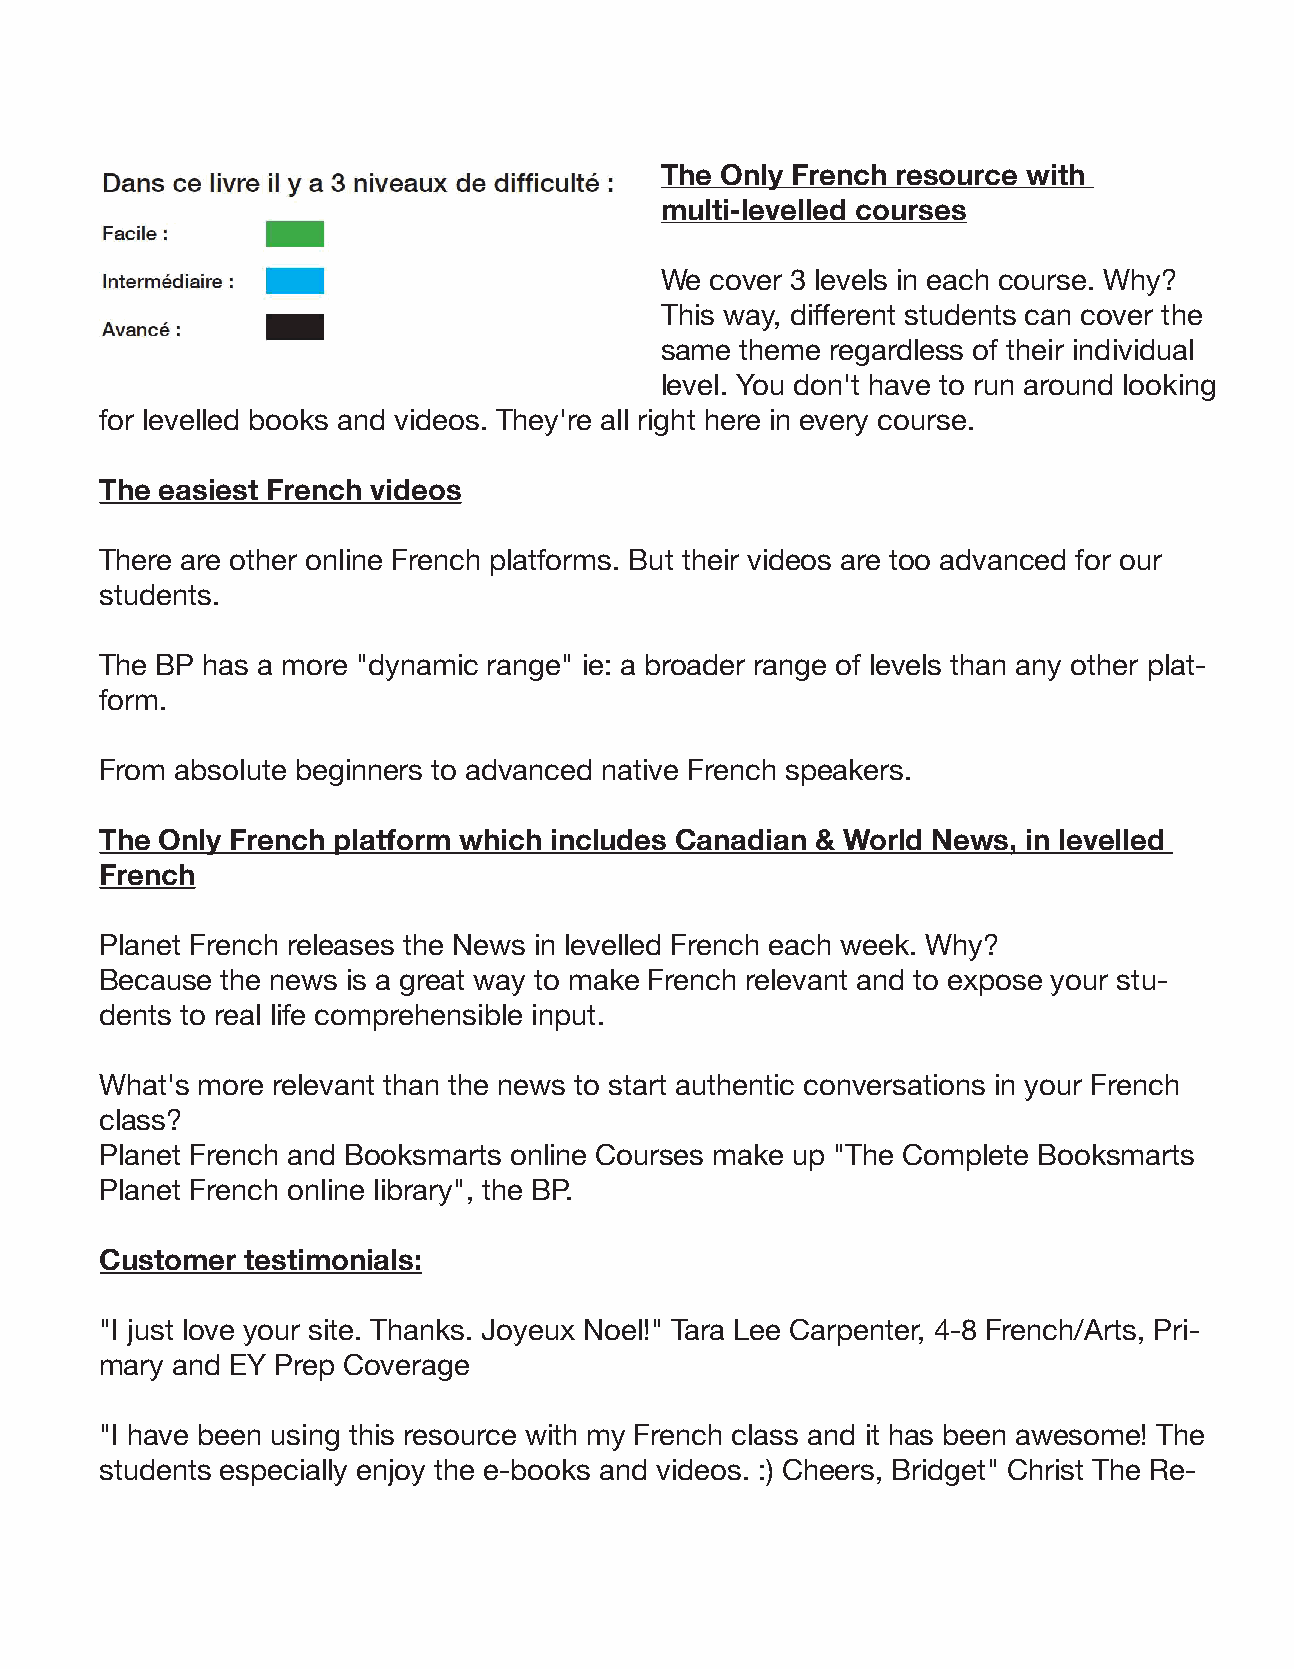
The Only French resource with
 multi-levelled courses
 We cover 3 levels in each course. Why?
 This way, different students can cover the
 same theme regardless of their individual
 level. You don't have to run around looking
 for levelled books and videos. They're all right here in every course.
 The easiest French videos
 There are other online French platforms. But their videos are too advanced for our
 students.
 The BP has a more "dynamic range" ie: a broader range of levels than any other plat-
 form.
 From absolute beginners to advanced native French speakers.
 The Only French platform which includes Canadian & World News, in levelled
 French
 Planet French releases the News in levelled French each week. Why?
 Because the news is a great way to make French relevant and to expose your stu-
 dents to real life comprehensible input.
 What's more relevant than the news to start authentic conversations in your French
 class?
 Planet French and Booksmarts online Courses make up "The Complete Booksmarts
 Planet French online library", the BP.
 Customer testimonials:
 "I just love your site. Thanks. Joyeux Noel!" Tara Lee Carpenter, 4-8 French/Arts, Pri-
 mary and EY Prep Coverage
 "I have been using this resource with my French class and it has been awesome! The
 students especially enjoy the e-books and videos. :) Cheers, Bridget" Christ The Re-